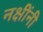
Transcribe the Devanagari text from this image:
नक्षींनी